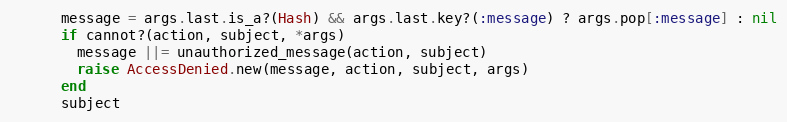
Language: Ruby
      message = args.last.is_a?(Hash) && args.last.key?(:message) ? args.pop[:message] : nil
      if cannot?(action, subject, *args)
        message ||= unauthorized_message(action, subject)
        raise AccessDenied.new(message, action, subject, args)
      end
      subject